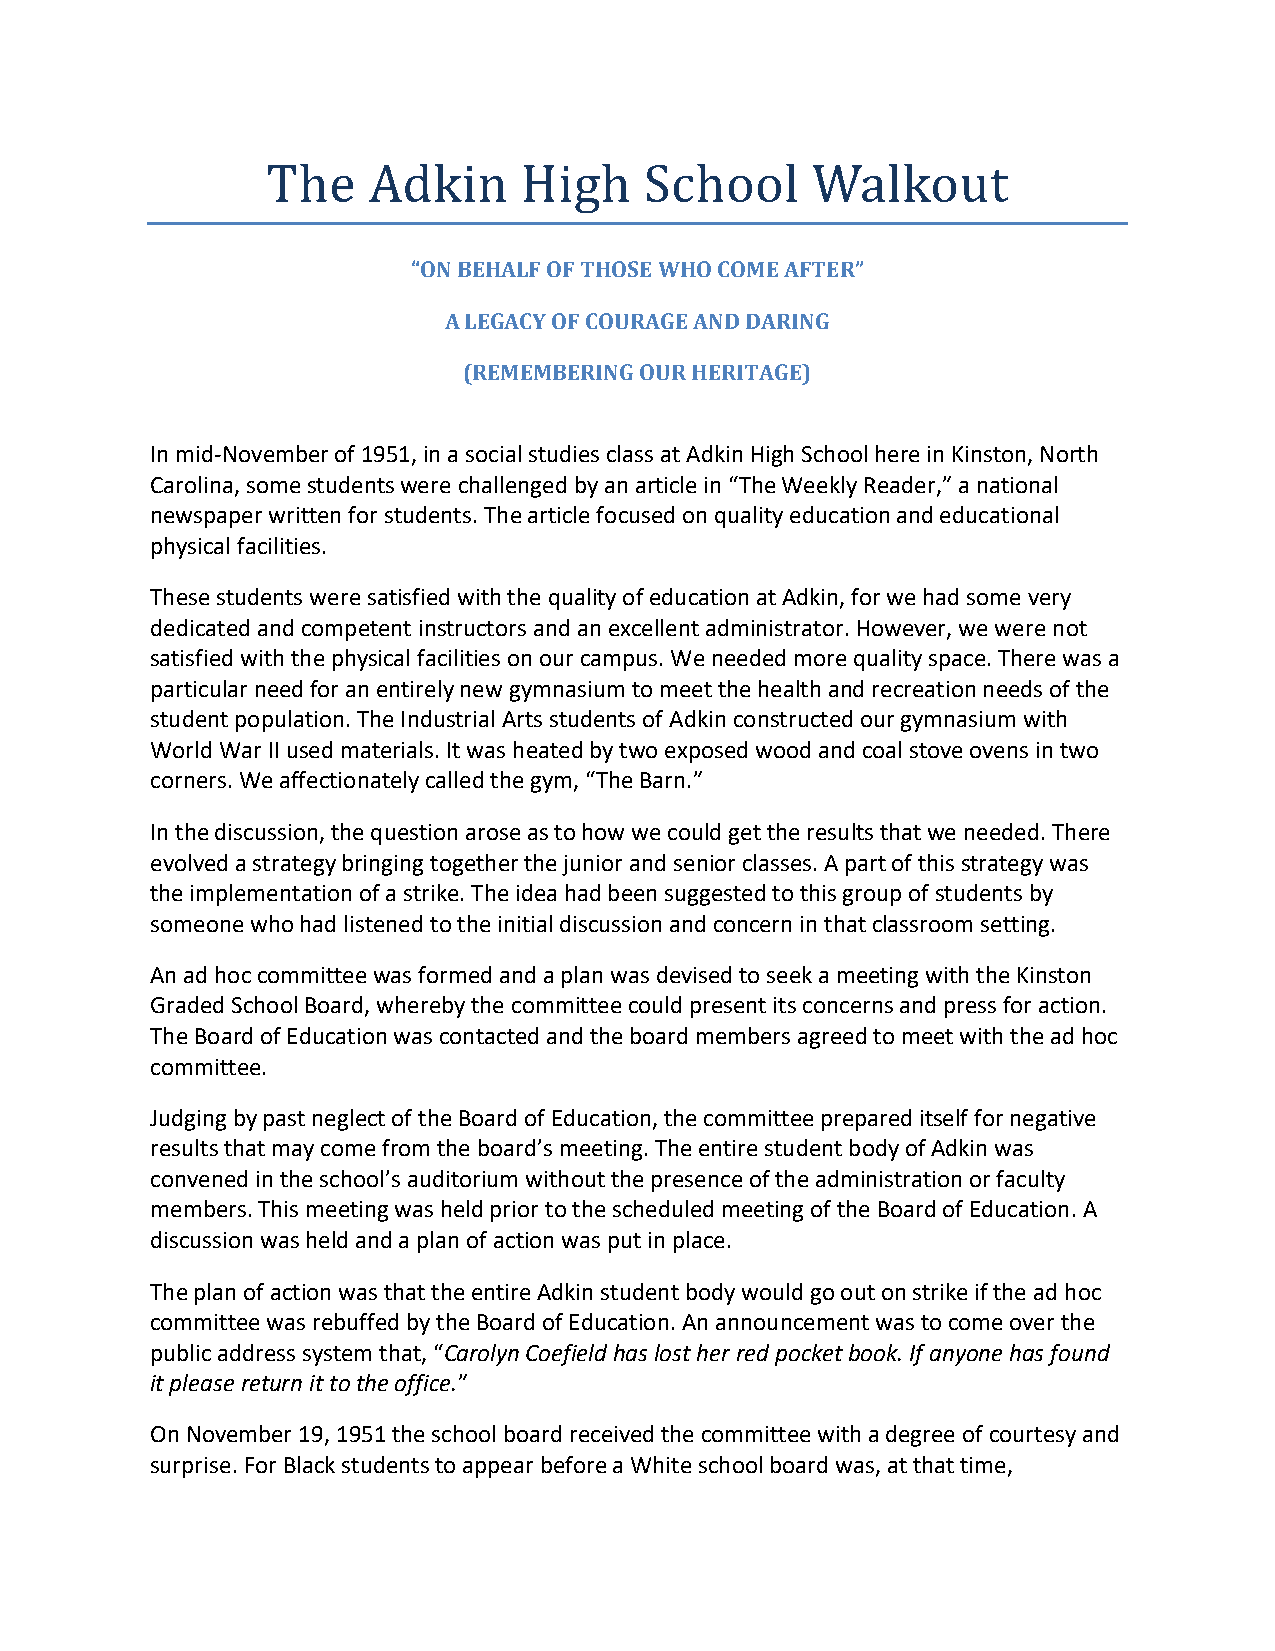
“ON BEHALF OF THOSE WHO COME AFTER”
 The   Adkin     High     School     Walkout
 A LEGACY OF COURAGE AND DARING
 (REMEMBERING OUR HERITAGE)
 In mid-November of 1951, in a social studies class at Adkin High School here in Kinston, North
 Carolina, some students were challenged by an article in “The Weekly Reader,” a national
 newspaper written for students. The article focused on quality education and educational
 physical facilities.
 These students were satisfied with the quality of education at Adkin, for we had some very
 dedicated and competent instructors and an excellent administrator. However, we were not
 satisfied with the physical facilities on our campus. We needed more quality space. There was a
 particular need for an entirely new gymnasium to meet the health and recreation needs of the
 student population. The Industrial Arts students of Adkin constructed our gymnasium with
 World War II used materials. It was heated by two exposed wood and coal stove ovens in two
 corners. We affectionately called the gym, “The Barn.”
 In the discussion, the question arose as to how we could get the results that we needed. There
 evolved a strategy bringing together the junior and senior classes. A part of this strategy was
 the implementation of a strike. The idea had been suggested to this group of students by
 someone who had listened to the initial discussion and concern in that classroom setting.
 An ad hoc committee was formed and a plan was devised to seek a meeting with the Kinston
 Graded School Board, whereby the committee could present its concerns and press for action.
 The Board of Education was contacted and the board members agreed to meet with the ad hoc
 committee.
 Judging by past neglect of the Board of Education, the committee prepared itself for negative
 results that may come from the board’s meeting. The entire student body of Adkin was
 convened in the school’s auditorium without the presence of the administration or faculty
 members. This meeting was held prior to the scheduled meeting of the Board of Education. A
 discussion was held and a plan of action was put in place.
 The plan of action was that the entire Adkin student body would go out on strike if the ad hoc
 committee was rebuffed by the Board of Education. An announcement was to come over the
 public address system that, “Carolyn Coefield has lost her red pocket book. If anyone has found
 it please return it to the office.”
 On November 19, 1951 the school board received the committee with a degree of courtesy and
 surprise. For Black students to appear before a White school board was, at that time,